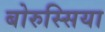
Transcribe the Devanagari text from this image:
बोरुस्सिया